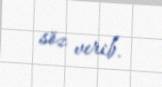
söz verib.